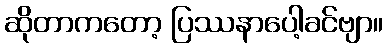
ဆိုတာကတော့ ပြဿနာပေါ့ခင်ဗျာ။